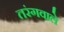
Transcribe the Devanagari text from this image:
तरंगवाले